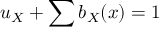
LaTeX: u _ { X } + \sum b _ { X } ( x ) = 1 \,